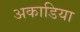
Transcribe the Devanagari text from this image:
अकाडिया